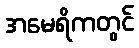
အမေရိကတွင်